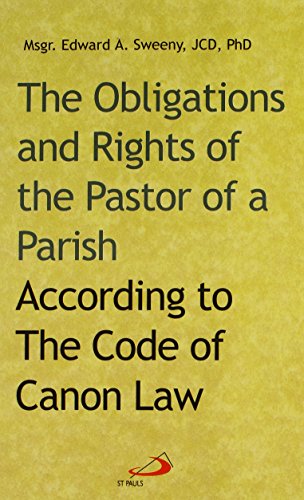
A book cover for The Obligations and Rights of the Pastor of a Parish: According to the Code of Canon Law; Edward A. Sweeny; Christian Books & Bibles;